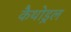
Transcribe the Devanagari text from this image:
कैथोड्रल